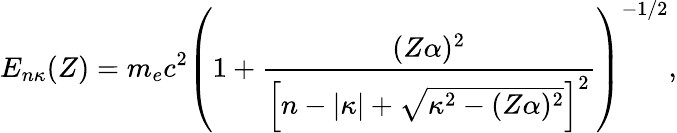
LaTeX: E_{n\kappa}(Z)=m_{e}c^{2}\left(1+\frac{(Z\alpha)^{2}}{\left[n-|\kappa|+\sqrt{\kappa^{2}-(Z\alpha)^{2}}\right]^{2}}\right)^{-1/2},